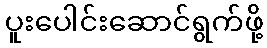
ပူးပေါင်းဆောင်ရွက်ဖို့